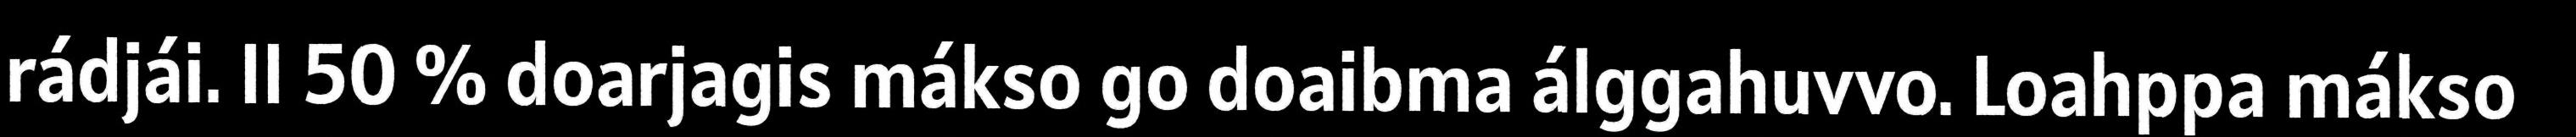
rádjái. II 50 % doarjagis mákso go doaibma álggahuvvo. Loahppa mákso